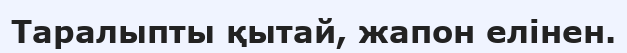
Таралыпты қытай, жапон елінен.